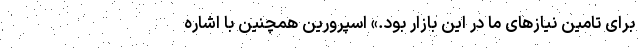
برای تامین نیازهای ما در این بازار بود.» اسپرورین همچنین با اشاره